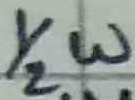
Text: 1/2W